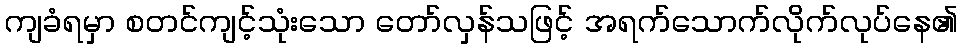
ကျခံရမှာ စတင်ကျင့်သုံးသော တော်လှန်သဖြင့် အရက်သောက်လိုက်လုပ်နေ၏